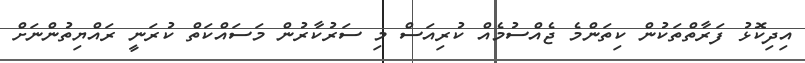
އިދިކޮޅު ފަރާތްތަކުން ކިތަންމެ ޖެއްސުމެއް ކުރިއަސް މި ސަރުކާރުން މަސައްކަތް ކުރަނީ ރައްޔިތުންނަށް